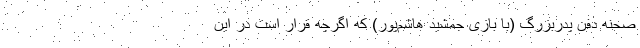
صحنه دفن پدربزرگ (با بازی جمشید هاشم‌پور) که اگرچه قرار است در این